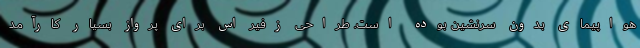
هواپیمای بدون سرنشین بوده است. طراحی زفیر اس برای پرواز بسیار کارآمد